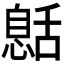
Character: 𦧰